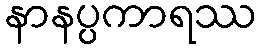
နာနပ္ပကာရဿ